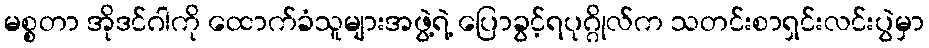
မစ္စတာ အိုဒင်ဂါကို ထောက်ခံသူများအဖွဲ့ရဲ့ ပြောခွင့်ရပုဂ္ဂိုလ်က သတင်းစာရှင်းလင်းပွဲမှာ